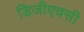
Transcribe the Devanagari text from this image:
डिजीएचसी